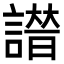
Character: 𧫭